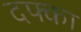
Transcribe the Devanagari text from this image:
दफ्का